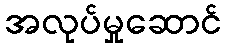
အလုပ်မှုဆောင်